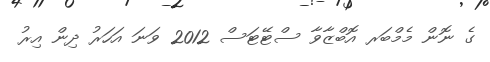
ގެ ނޮން މެމްބަރ އޮބްޒާވާ ސްޓޭޓަސް 2012 ވަނަ އަހަރު ދިން އިރު